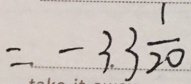
= - 3 3 \frac { 1 } { 2 0 }